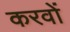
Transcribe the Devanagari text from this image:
करवों